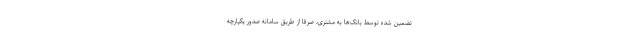
تضمین شده توسط بانک‌ها به مشتری، صرفاً از طریق سامانه صدور یکپارچه